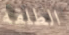
الطلقة